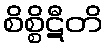
စိစ္စိဋီတိ